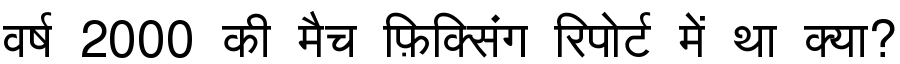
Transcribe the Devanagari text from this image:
वर्ष 2000 की मैच फ़िक्सिंग रिपोर्ट में था क्या?